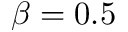
\beta = 0 . 5